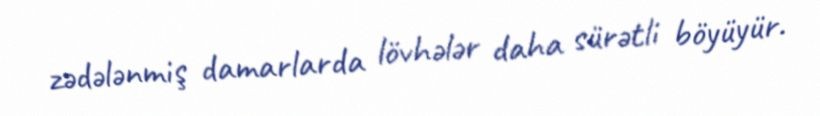
zədələnmiş damarlarda lövhələr daha sürətli böyüyür.